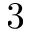
3